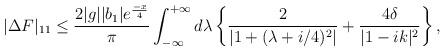
LaTeX: \begin{align*}|\Delta F|_{11}\leq\frac{2|g||b_1|e^{\frac{-x}{4}}}{\pi}\int_{-\infty}^{+\infty}d\lambda\left\{\frac{2}{|1+(\lambda+i/4)^2|}+\frac{4\delta}{|1-ik|^2} \right\},\end{align*}